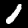
Label: 1